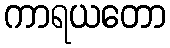
ကာရယတော